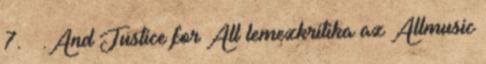
7. ↑ .And Justice for All lemezkritika az Allmusic